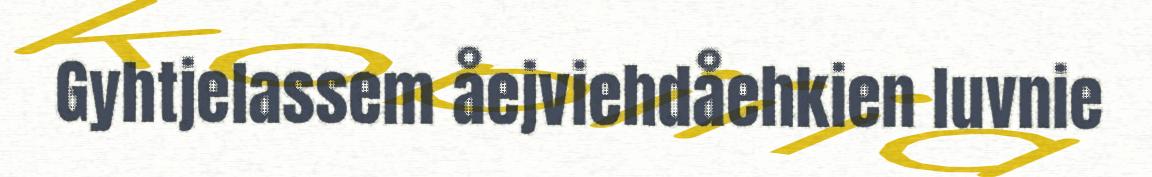
Gyhtjelassem åejviehdåehkien luvnie